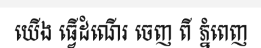
យើង ធ្វើដំណើរ ចេញ ពី ភ្នំពេញ